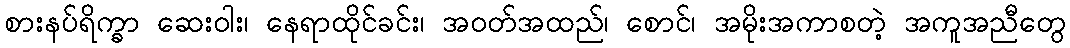
စားနပ်ရိက္ခာ ဆေးဝါး၊ နေရာထိုင်ခင်း၊ အဝတ်အထည်၊ စောင်၊ အမိုးအကာစတဲ့ အကူအညီတွေ